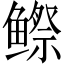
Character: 𬶭